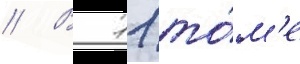
// В 11 то́м'е